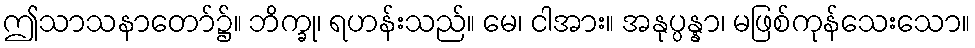
ဤသာသနာတော်၌။ ဘိက္ခု၊ ရဟန်းသည်။ မေ၊ ငါအား။ အနုပ္ပန္နာ၊ မဖြစ်ကုန်သေးသော။